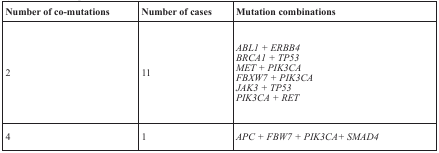
<table><thead><tr><td><b>Number of co-mutations</b></td><td><b>Number of cases</b></td><td><b>Mutation combinations</b></td></tr></thead><tbody><tr><td>2</td><td>11</td><td><i>ABL1 + ERBB4</i><i>BRCA1 + TP53</i><i>MET + PIK3CA</i><i>FBXW7 + PIK3CA</i><i>JAK3 + TP53</i><i>PIK3CA + RET</i></td></tr><tr><td>4</td><td>1</td><td><i>APC + FBW7 + PIK3CA+ SMAD4</i></td></tr></tbody></table>